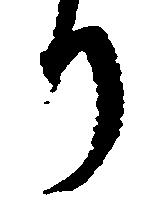
り